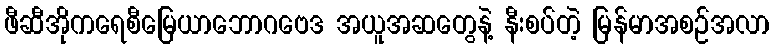
ဖီဆီအိုကရေစီမြေယာဘောဂဗေဒ အယူအဆတွေနဲ့ နီးစပ်တဲ့ မြန်မာအစဉ်အလာ